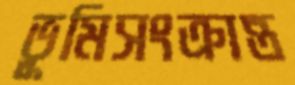
ভূমিসংক্রান্ত